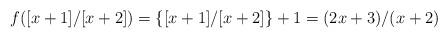
LaTeX: \begin{align*} f([x+1]/[x+2])=\{[x+1]/[x+2]\}+1=(2x+3)/(x+2) \end{align*}